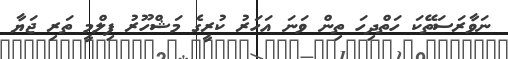
ނަވާރަސަތޭކަ ހަތްދިހަ ތިން ވަނަ އަހަރު ކުރީގެ މަޝްހޫރު ފިލްމީ ތަރި ޖަޔާ